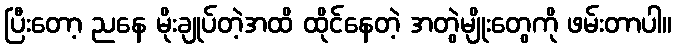
ပြီးတော့ ညနေ မိုးချုပ်တဲ့အထိ ထိုင်နေတဲ့ အတွဲမျိုးတွေကို ဖမ်းတာပါ။